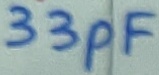
Text: 33pF